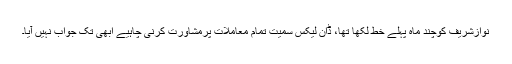
نوازشریف کوچند ماہ پہلے خط لکھا تھا، ڈان لیکس سمیت تمام معاملات پرمشاورت کرنی چاہیے ابھی تک جواب نہیں آیا۔